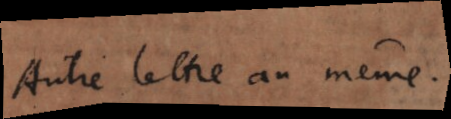
Autre lettre au même.